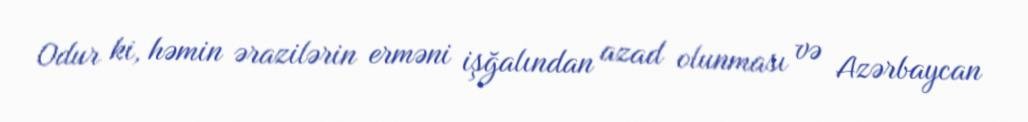
Odur ki, həmin ərazilərin erməni işğalından azad olunması və Azərbaycan